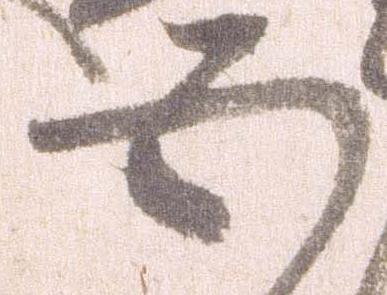
五